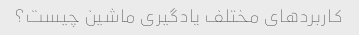
کاربردهای مختلف یادگیری ماشین چیست؟